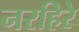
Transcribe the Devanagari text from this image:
नरहिरे